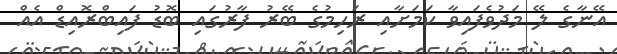
އޭނާގެ ލޭ މަދުވެފައިވާ ކަމަށާއި ރަހިމުގެ ބޭރު ފާރުގައި ބޮޑު ފައިބްރޮއިޑް އެއް